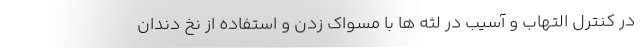
در کنترل التهاب و آسیب در لثه ها با مسواک زدن و استفاده از نخ دندان